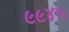
૯૯૪૫